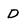
Character: D